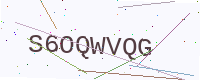
Text: S6OQWVQG